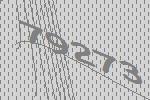
79273